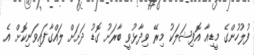
ފުލުހުންގެ މީޑިއާ އޮފިޝަލަކު މިރޭ ވިދާޅުވީ ބާރަށު ގޮޑު ދަށަށް ލައްގާފައިވަނިކޮށް އެ